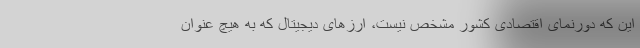
این که دورنمای اقتصادی کشور مشخص نیست، ارزهای دیجیتال که به هیچ عنوان